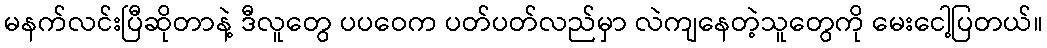
မနက်လင်းပြီဆိုတာနဲ့ ဒီလူတွေ ပပဝေက ပတ်ပတ်လည်မှာ လဲကျနေတဲ့သူတွေကို မေးငေါ့ပြတယ်။